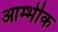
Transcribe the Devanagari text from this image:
आम्भीक